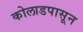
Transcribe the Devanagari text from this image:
कोलाडपासून